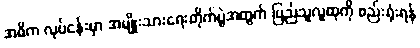
အဓိက လုပ်ငန်းမှာ အမျိုးသားရေးတိုက်ပွဲအတွက် ပြည်သူလူထုကို စည်းရုံးရန်